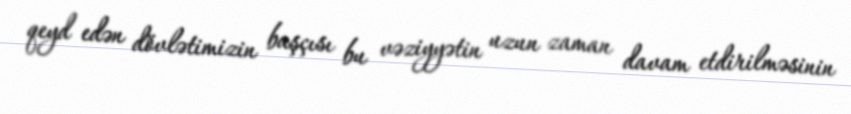
qeyd edən dövlətimizin başçısı bu vəziyyətin uzun zaman davam etdirilməsinin